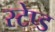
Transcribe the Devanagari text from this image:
स्टेप्ड